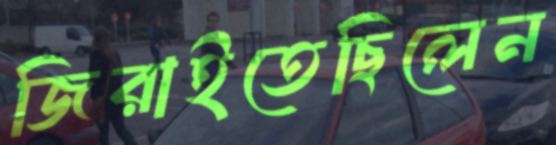
জিরাইতেছিলেন